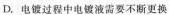
D.电镀过程中电镀液需要不断更换